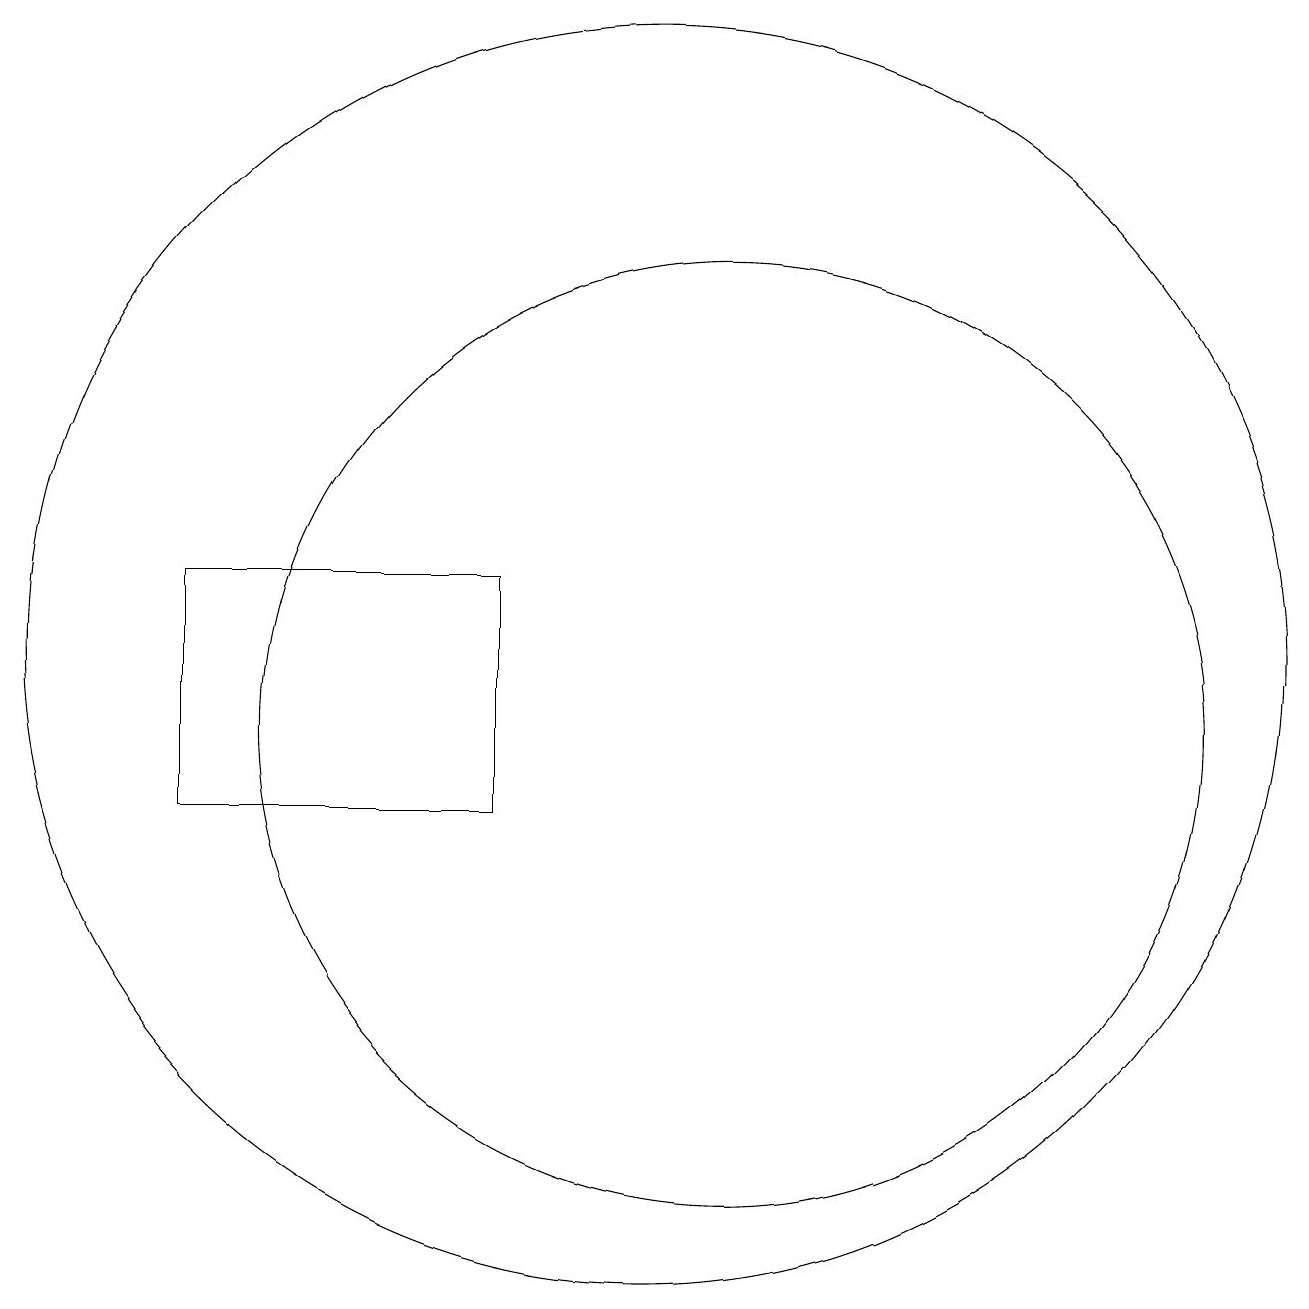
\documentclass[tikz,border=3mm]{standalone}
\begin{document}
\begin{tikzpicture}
\draw (11,11) circle (6);
\draw (10,12) circle (8);
\draw (4,10) rectangle (8,13);
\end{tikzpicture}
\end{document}